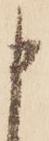
申